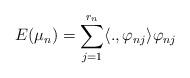
LaTeX: \begin{align*}E(\mu _{n})=\overset{r_{n}}{\underset{j=1}{\sum }}\langle .,\varphi_{nj}\rangle \varphi _{nj}\end{align*}